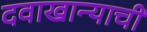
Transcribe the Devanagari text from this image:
दवाखान्याची